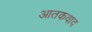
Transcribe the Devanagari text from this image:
आतकवाद